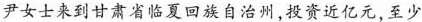
尹女士来到甘肃省临夏回族自治州，投资近亿元，至少